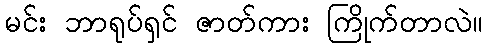
မင်း ဘာရုပ်ရှင် ဇာတ်ကား ကြိုက်တာလဲ။